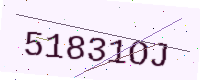
Text: 51831OJ